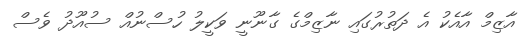
އާޒިމް އާއެކު އެ ދަތުރުގައި ނާޒިމްގެ ގާނޫނީ ވަކީލު ހުސްނުއް ސުއޫދު ވެސް